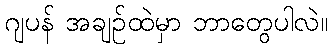
ဂျပန် အချဉ်ထဲမှာ ဘာတွေပါလဲ။